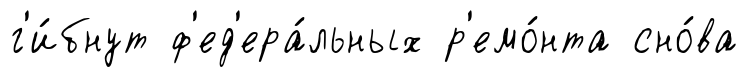
г'и́бнут ф'ед'ера́льных р'емо́нта сно́ва